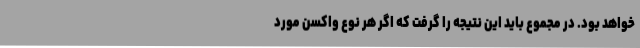
خواهد بود. در مجموع باید این نتیجه را گرفت که اگر هر نوع واکسن مورد